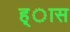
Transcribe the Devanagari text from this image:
ह्ास